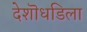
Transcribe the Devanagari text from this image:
देशॊधडिला